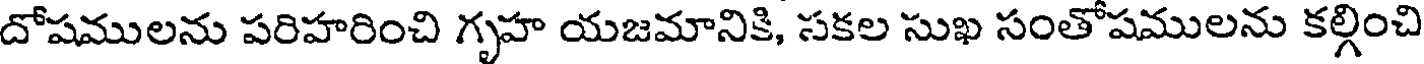
దోషములను పరిహరించి గృహ యజమానికి, సకల సుఖ సంతోషములను కల్గించి